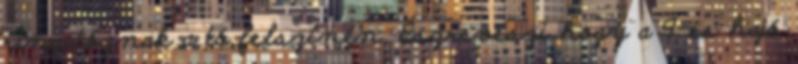
ringatóznak a tó felszínén. Észreveszi hogy a 9-es hajó